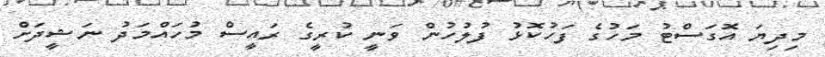
މިދިޔަ އޮގަސްޓު މަހުގެ ފަހުކޮޅު ފުލުހުން ވަނީ ކުރީގެ ރައީސް މުހައްމަދު ނަޝީދަށް